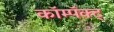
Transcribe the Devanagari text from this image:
कॉम्पॅक्ट्